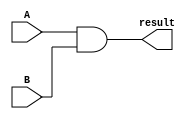
`timescale 1ns / 1ps


module AND8(
input [7:0] A,
input [7:0] B,
output reg [7:0] result
    );
    
always @(A,B) begin
result <= A&B;
end
endmodule